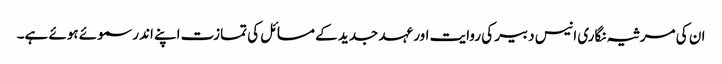
ان کی مرثیہ نگاری انیس دبیر کی روایت اور عہد جدید کے مسائل کی تمازت اپنے اندر سموئے ہوئے ہے۔